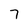
Character: 7